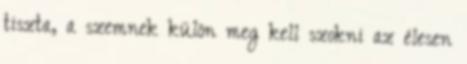
tiszta, a szemnek külön meg kell szokni az élesen